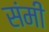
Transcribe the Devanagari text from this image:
संमी